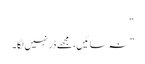
“
” نہ سائیں، مجھے ڈر نہیں لگا۔